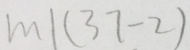
m \vert ( 3 7 - 2 )